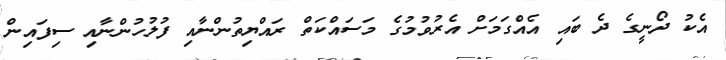
އެކު ދޯނީގެ ދެ ބައި އެއްގަމަށް އެރުވުމުގެ މަސައްކަތް ރައްޔިތުންނާއި ފުލުހުންނާއި ސިފައިން